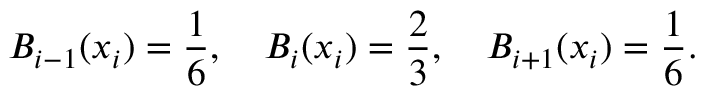
B _ { i - 1 } ( x _ { i } ) = \frac { 1 } { 6 } , \quad B _ { i } ( x _ { i } ) = \frac { 2 } { 3 } , \quad B _ { i + 1 } ( x _ { i } ) = \frac { 1 } { 6 } .